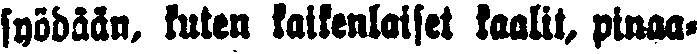
syödään, kuten kaikenlaiset kaalit, pinaa-